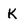
Character: k